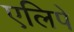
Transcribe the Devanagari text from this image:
एलिपे